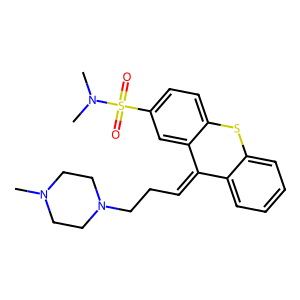
SMILES: CN1CCN(CCC=C2c3ccccc3Sc3ccc(S(=O)(=O)N(C)C)cc32)CC1
Inhibits HIV replication: No